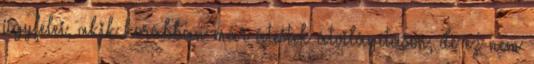
ügyfelei, akik korábban már átestek átvilágításon, de ez nem